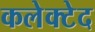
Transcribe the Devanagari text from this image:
कलेक्टेद